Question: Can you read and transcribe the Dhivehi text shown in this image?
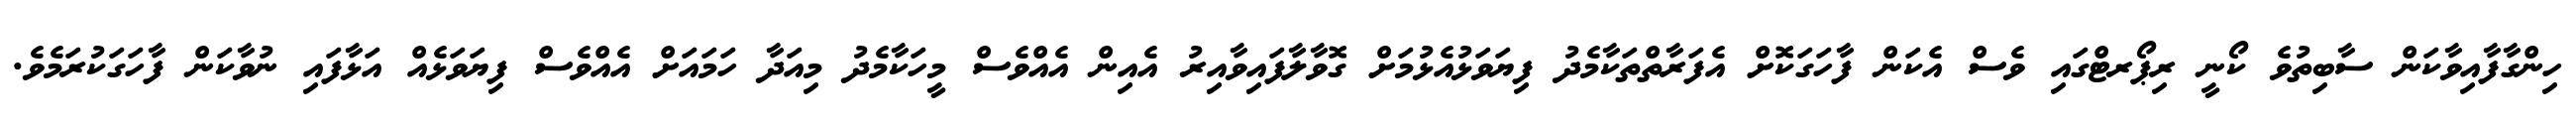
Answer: ހިންގާފާއިވާކަން ސާބިތުވެ ކޯނީ ރިޕޯރޓްގައި ވެސް އެކަން ފާހަގަކޮށް އެފަރާތްތަކާމެދު ފިޔަވަޅުއެޅުމަށް ގޮވާލާފައިވާއިރު އެއިން އެއްވެސް މީހަކާމެދު މިއަދާ ހަމައަށް އެއްވެސް ފިޔަވަޅެއް އަޅާފައި ނުވާކަން ފާހަގަކުރަމެވެ.